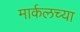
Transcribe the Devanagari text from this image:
मार्कलच्या